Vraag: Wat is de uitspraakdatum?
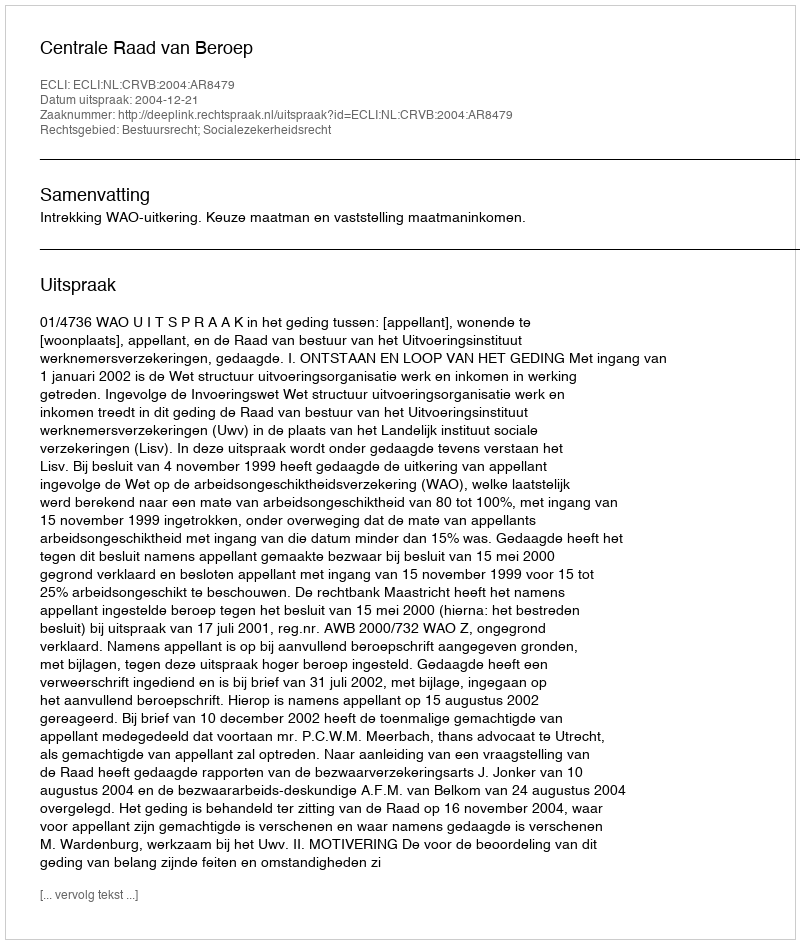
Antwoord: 2004-12-21